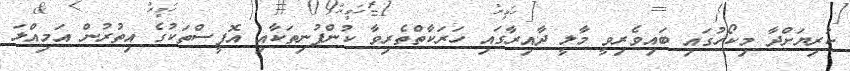
ކުރިޔަށްދާ މިކޯހުގައި ބައިވެރިވީ މާލީ ދާއިރާގައި ހަރަކާތްތެރިވާ ކުންފުނިތަކާއި އޮފީސްތަކުގެ އިތުރުން އަމިއްލަ